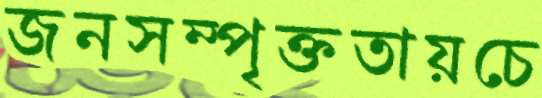
জনসম্পৃক্ততায়চে